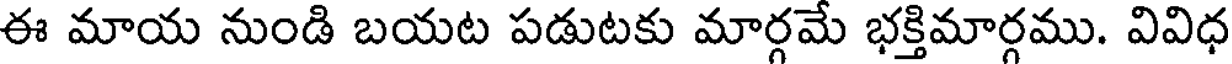
ఈ మాయ నుండి బయట పడుటకు మార్గమే భక్తిమార్గము. వివిధ